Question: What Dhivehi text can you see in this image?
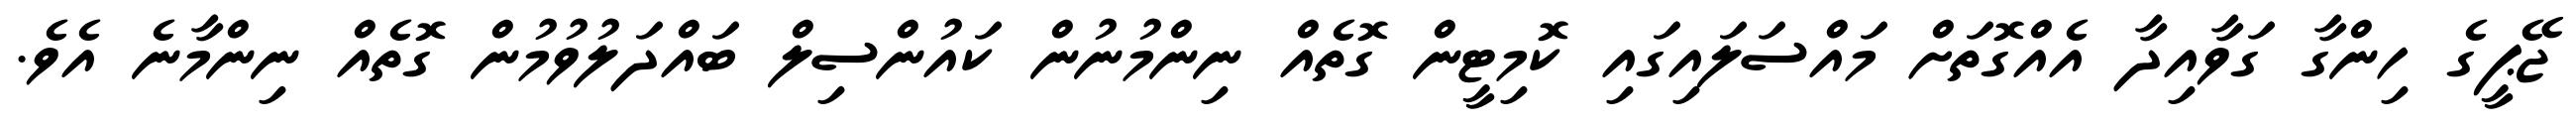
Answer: ޖޭޕީގެ ހިންގާ ގަވާއިދާ އެއްގޮތަށް މައްސަލައިގައި ކޮމިޓީން ގޮތެއް ނިންމުނުން ކައުންސިލް ބައްދަލުވުމުން ގޮތެއް ނިންމާނެ އެވެ.